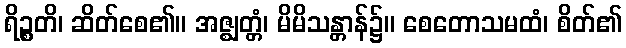
ရိဉ္စတိ၊ ဆိတ်စေ၏။ အဇ္ဈတ္တံ၊ မိမိသန္တာန်၌။ စေတောသမထံ၊ စိတ်၏